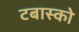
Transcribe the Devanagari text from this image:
टबास्को